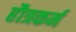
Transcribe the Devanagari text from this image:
हौत्रकर्म